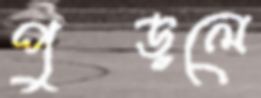
পুড়লে